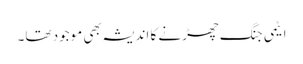
ایٹمی جنگ چھڑنے کا اندیشہ بھی موجود تھا۔